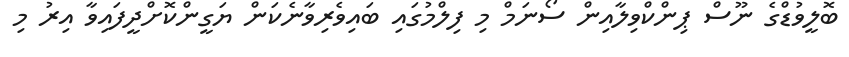
ބޮލީވުޑްގެ ނޫސް ޕިންކްވިލާއިން ސޯނަމް މި ފިލްމުގައި ބައިވެރިވާނެކަން ޔަގީންކޮށްދީފައިވާ އިރު މި